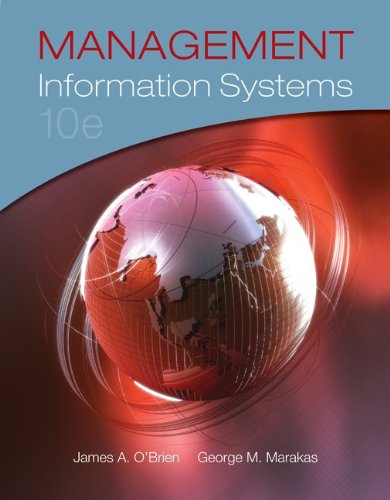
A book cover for Management Information Systems; James O'Brien; Computers & Technology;